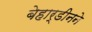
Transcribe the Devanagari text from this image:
बेहार्डीनने